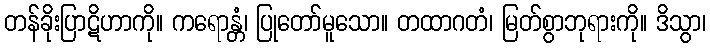
တန်ခိုးပြာဋိဟာကို။ ကရောန္တံ၊ ပြုတော်မူသော။ တထာဂတံ၊ မြတ်စွာဘုရားကို။ ဒိသွာ၊